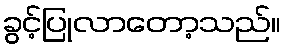
ခွင့်ပြုလာတော့သည်။